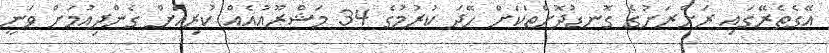
އޭގެތެރޭގައި ރަށްރަށުގެ ގޮނޑުދޮށްތަކަށް ހޭދަ ކުރުމުގެ 34 މަޝްރޫއުއެއް ކުރިއަށް ގެންދިއުމަށް ވަނީ